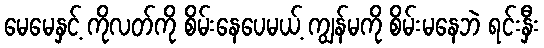
မေမေနှင့် ကိုလတ်ကို စိမ်းနေပေမယ့် ကျွန်မကို စိမ်းမနေဘဲ ရင်းနှီး